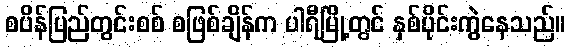
စပိန်ပြည်တွင်းစစ် စဖြစ်ချိန်က ပါရီမြို့တွင် နှစ်ပိုင်းကွဲနေသည်။